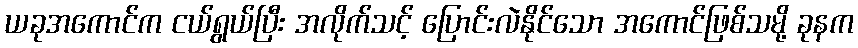
ယခုအကောင်က ငယ်ရွယ်ပြီး အလိုက်သင့် ပြောင်းလဲနိုင်သော အကောင်ဖြစ်သမို့ ခုနက